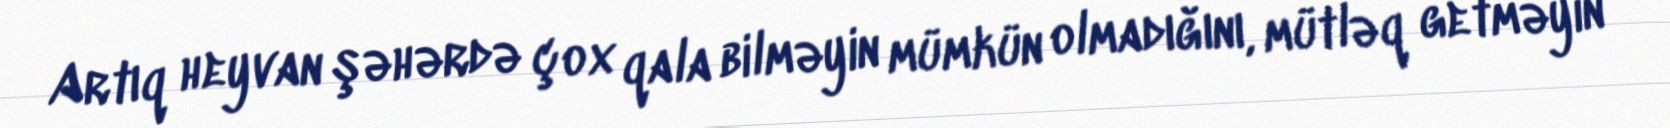
Artıq heyvan şəhərdə çox qala bilməyin mümkün olmadığını, mütləq getməyin